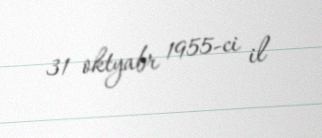
31 oktyabr 1955-ci il